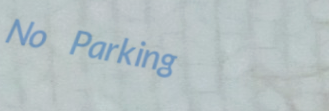
No Parking